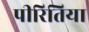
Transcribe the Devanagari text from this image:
पीरितिया